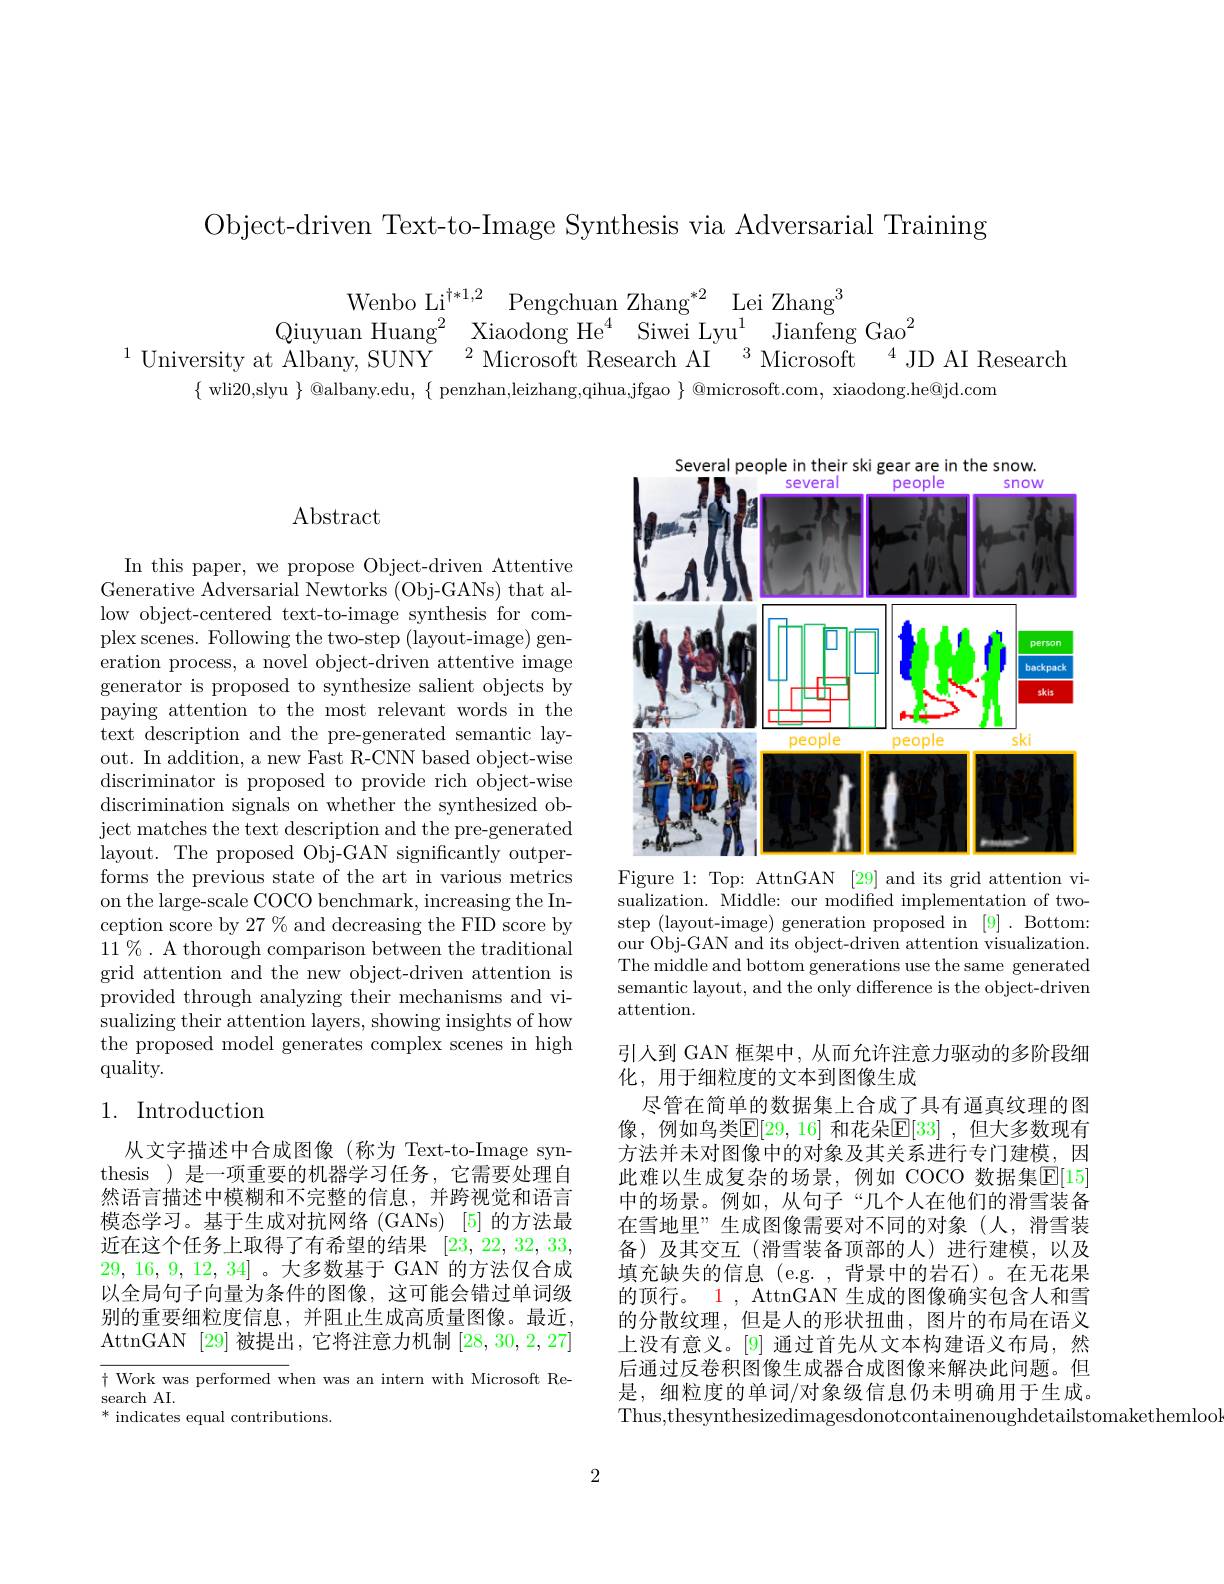
Object-driven Text-to-Image Synthesis via Adversarial Training

Wenbo Li$^{\dagger * 1, 2}$ Pengchuan Zhang$^* 2$ Lei Zhang$^3$
Qiuyuan Huang$^2$ Xiaodong He$^4$ Siwei Lyu$^1$ Jianfeng Gao$^2$
$^{1}$University at Albany, SUNY$^2\text{Microsoft Research AI}^{3}$Microsoft$^4$JD AI Research
$\{$ wli20,slyu $\}@$albany.edu, $\{$ penzhan,leizhang,qihua,jfgao $\}$ @microsoft.com, xiaodong.he@jd.com

## Abstract

In this paper, we propose Object-driven Attentive Generative Adversarial Newtorks (Obj-GANs) that allow object-centered text-to-image synthesis for complex scenes. Following the two-step (layout-image) generation process, a novel object-driven attentive image generator is proposed to synthesize salient objects by paying attention to the most relevant words in the text description and the pre-generated semantic layout. In addition, a new Fast R-CNN based object-wise discriminator is proposed to provide rich object-wise discrimination signals on whether the synthesized object matches the text description and the pre-generated layout. The proposed Obj-GAN significantly outperforms the previous state of the art in various metrics on the large-scale COCO benchmark, increasing the Inception score by 27 % and decreasing the FID score by 11 % . A thorough comparison between the traditional grid attention and the new object-driven attention is provided through analyzing their mechanisms and visualizing their attention layers, showing insights of how the proposed model generates complex scenes in high quality.

## 1. Introduction

从文字描述中合成图像(称为 Text-to-Image synthesis )是一项重要的机器学习任务，它需要处理自然语言描述中模糊和不完整的信息，并跨视觉和语言模态学习。基于生成对抗网络(GANs)[5]的方法最近在这个任务上取得了有希望的结果[23,22,32,33, 29, 16, 9, 12, 34] 。大多数基于 GAN 的方法仅合成以全局句子向量为条件的图像，这可能会错过单词级别的重要细粒度信息，并阻止生成高质量图像。最近， AttnGAN [29]被提出，它将注意力机制[28,30,2,27]

$\dagger$ Work was performed when was an intern with Microsoft Re-
search AI.
$^*$ indicates equal contributions.

<FigureHere>

Figure 1: Top: AttnGAN [29] and its grid attention vi-

sualization. Middle: our modifed implementation of twostep (layout-image) generation proposed in [9]. Bottom: our Obj-GAN and its object-driven attention visualization. The middle and bottom generations use the same generated semantic layout, and the only difference is the object-driven attention.

引人到 GAN 框架中，从而允许注意力驱动的多阶段细
化，用于细粒度的文本到图像生成
尽管在简单的数据集上合成了具有逼真纹理的图像，例如鸟类$\mathbb{E}[29,16]$ 和花朵$\mathbb{E}[33]$ ,但大多数现有方法并未对图像中的对象及其关系进行专门建模，因此难以生成复杂的场景，例如 COCO 数据集$\overline{\mathbb{E}}[15]$ 中的场景。例如，从句子“几个人在他们的滑雪装备在雪地里”生成图像需要对不同的对象(人，滑雪装备)及其交互(滑雪装备顶部的人)进行建模，以及填充缺失的信息(e.g.,背景中的岩石)。在无花果的顶行。1 , AttnGAN 生成的图像确实包含人和雪的分散纹理，但是人的形状扭曲，图片的布局在语义上没有意义。[9] 通过首先从文本构建语义布局，然后通过反卷积图像生成器合成图像来解决此问题。但是，细粒度的单词/对象级信息仍未明确用于生成。Thus,thesynthesizedimagesdonotcontainenoughdetailstomakethemlool

2